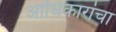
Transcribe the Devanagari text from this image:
आधिकारांचा